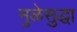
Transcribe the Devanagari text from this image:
मुळेसुद्धा